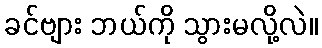
ခင်ဗျား ဘယ်ကို သွားမလို့လဲ။